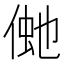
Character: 𠋞